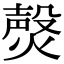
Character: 㷫